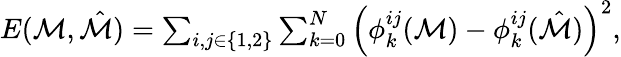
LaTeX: \begin{array}{r}{E(\mathcal{M},\hat{\mathcal{M}})=\sum_{i,j\in\{ 1,2\} }\sum_{k=0}^{N}\left(\phi_{k}^{ij}(\mathcal{M})-\phi_{k}^{ij}(\hat{\mathcal{M}})\right)^{2},}\end{array}